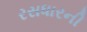
રસધારની